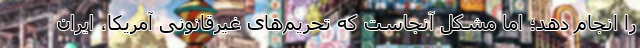
را انجام دهد؛ اما مشکل آنجاست که تحریم‌های غیرقانونی آمریکا، ایران